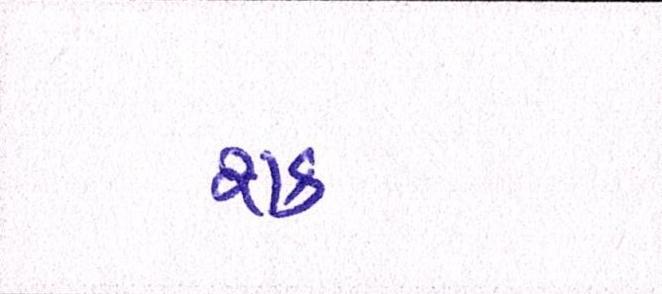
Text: શક